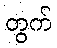
တွက်